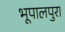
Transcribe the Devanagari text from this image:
भूपालपुरा